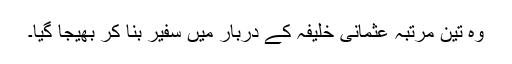
وہ تین مرتبہ عثمانی خلیفہ کے دربار میں سفیر بنا کر بھیجا گیا۔